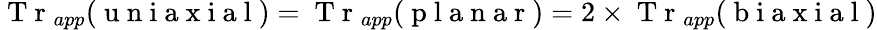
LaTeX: \mathrm{~T~r~}_{app}(\mathrm{~u~n~i~a~x~i~a~l~})=\mathrm{~T~r~}_{app}(\mathrm{~p~l~a~n~a~r~})=2\times\mathrm{~T~r~}_{app}(\mathrm{~b~i~a~x~i~a~l~})